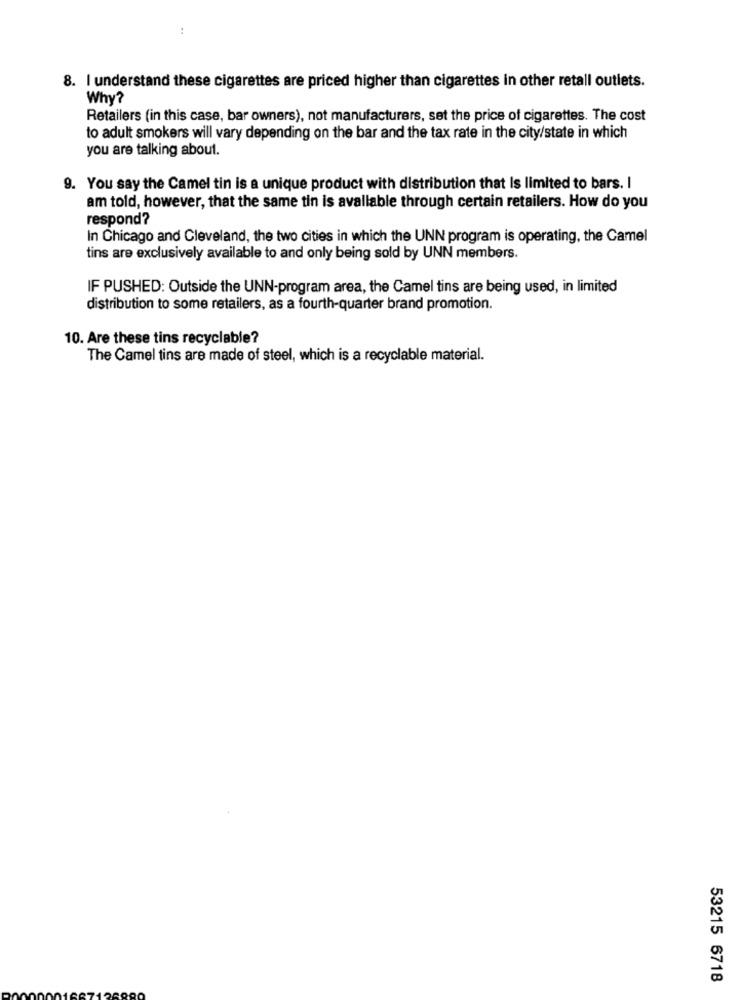
..
8. I understand these cigarettes are priced higher than cigarettes in other retail outlets.
Why?
Retailers (in this case, bar owners), not manufacturers, set the price of cigarettes. The cost
to adult smokers will vary depending on the bar and the tax rate in the city/state in which
you are talking about.
9. You say the Camel tin is a unique product with distribution that Is limited to bars. I
am told, however, that the same tin is available through certain retailers. How do you
respond?
In Chicago and Cleveland, the two cities in which the UNN program is operating, the Camel
tins are exclusively available to and only being sold by UNN members.
IF PUSHED: Outside the UNN-program area, the Camel tins are being used, in limited
distribution to some retailers, as a fourth-quarter brand promotion.
10. Are these tins recyclable?
The Camel tins are made of steel, which is a recyclable material.
53215 6718